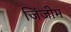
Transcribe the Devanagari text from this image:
जिंजीम